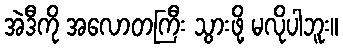
အဲဒီကို အလောတကြီး သွားဖို့ မလိုပါဘူး။